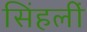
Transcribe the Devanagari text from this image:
सिंहलीं